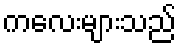
ကလေးများသည်